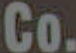
Co.